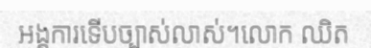
អង្គការទើបច្បាស់លាស់។លោក ឈិត